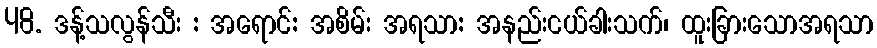
48. ဒန့်သလွန်သီး : အရောင်: အစိမ်း အရသာ: အနည်းငယ်ခါးသက်၊ ထူးခြားသောအရသာ